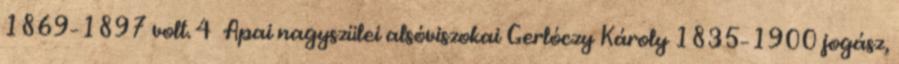
1869–1897 volt. 4 Apai nagyszülei alsóviszokai Gerlóczy Károly 1835–1900 jogász,